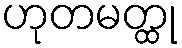
ဟုတမတ္ထု